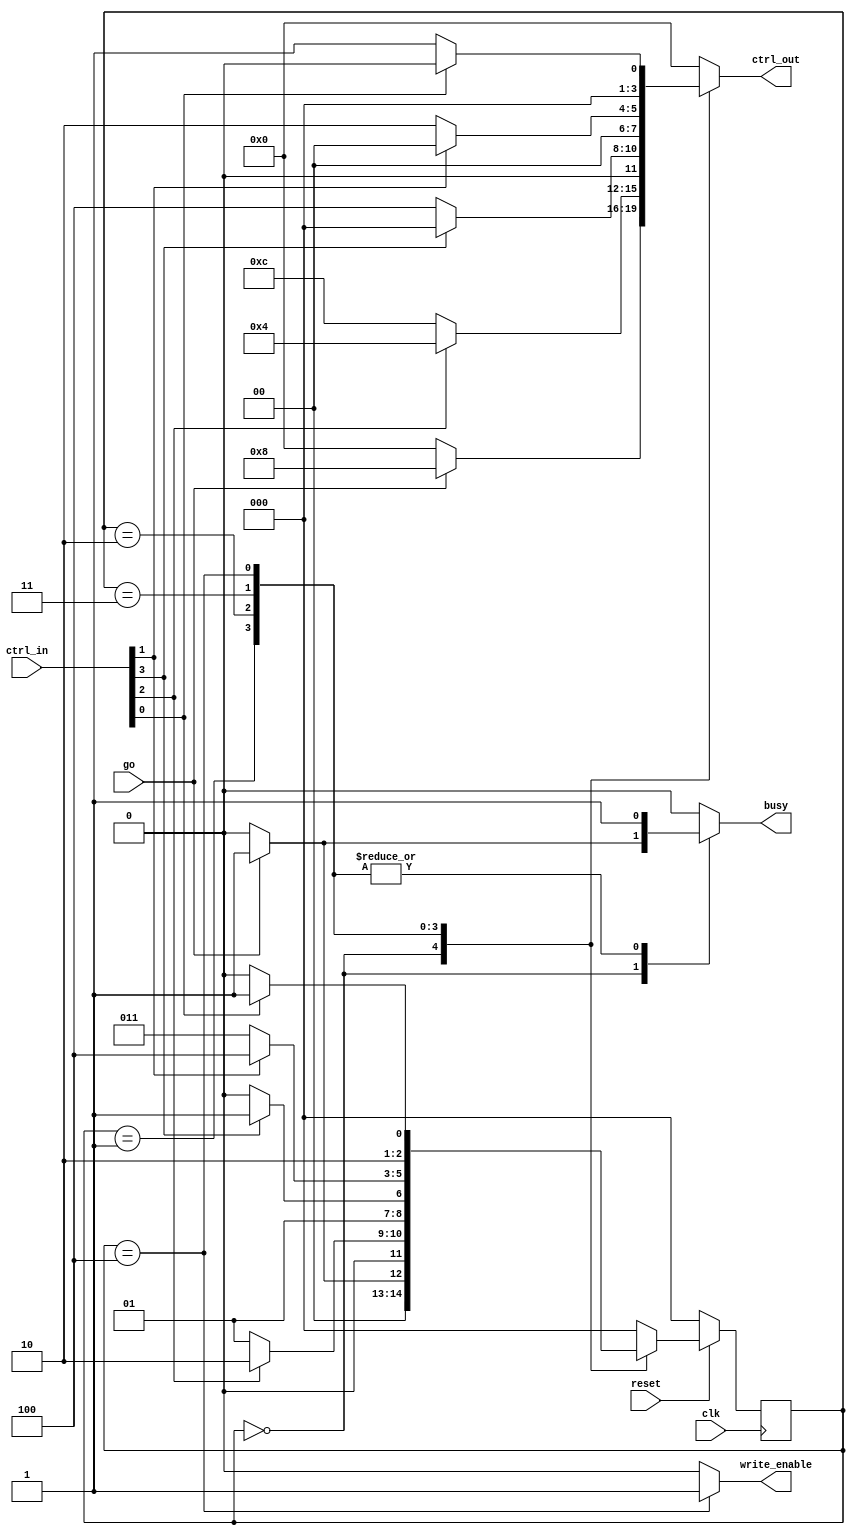

module controller( // signals from top module and SRAM 
					clk, reset, go, busy, write_enable, 
					// controller <-> datapath 
					ctrl_in, ctrl_out 
); 
input clk; 
input reset; 
input go; 
output reg busy; 
output reg write_enable; 

input [3:0] ctrl_in; // [3] = got_data, [2] = ready_to_receive, [1] = count_done, [0] = written_success
output reg [3:0] ctrl_out; //  [3] = get_address, [2] = get_data, [1] = count_ready, [0] = write_ready  

reg [2:0] current_state, next_state; 

parameter 
	s0 = 3'b000, //waiting for go to get high 
	s1 = 3'b001, // we are getting the data ready here, including xnor calculation 
	s2 = 3'b010, // counting the # of ones 
	s3 = 3'b011, // writing to output SRAM 
	s4 = 3'b100,
	s5 = 3'b101;
	
always @ (posedge clk)
	begin
	if(!reset) begin 
		current_state <= s0;
		end 
	else begin 
		current_state <= next_state;
		end 
	end 
always @ *
	begin 
	case (current_state)
	s0: begin 
		if(go) begin 
			write_enable <= 1'b0; 
			busy <= 1'b1; 
			ctrl_out <= 4'b1000; 
			next_state <= s1; 
		end 
		else begin 
			write_enable <= 1'b0;
			busy <= 1'b0;
			ctrl_out <= 4'b0000; 
			next_state <= s0; 
		end 
	end 
	s1: begin 
		if(ctrl_in[2]) begin
			write_enable <= 1'b0; 
			busy <= 1'b1; 
			ctrl_out <= 4'b0100; 
			next_state <= s2;
		end
		else begin
			write_enable <= 1'b0;
			busy <= 1'b1; 
			ctrl_out <= 4'b1100; 
			next_state <= s1; 
		end
	end 
	s2: begin 
		if(ctrl_in[3]) begin
			write_enable <= 1'b0;
			busy <= 1'b1;
			ctrl_out <= 4'b0000; 
			next_state <= s3;
		end 
		else begin 
			write_enable <= 1'b0; 
			busy <= 1'b1;
			ctrl_out <= 4'b0100; 
			next_state <= s2; 
		end
	end 
	s3: begin
 
		if( ctrl_in[1]) begin 
			write_enable <= 1'b0;
			busy <= 1'b1; 
			ctrl_out <= 4'b0000; 
			next_state <= s4; 
		end 
		else begin 
			write_enable <= 1'b0;
			busy <= 1'b1; 
			ctrl_out <= 4'b0010; 
			next_state <= s3; 
		end 
	end 
	s4: begin 
		if(ctrl_in[0]) begin 
			write_enable <= 1'b1; 
			busy <= 1'b1;
			ctrl_out <= 4'b0000; 
			next_state <= s5; 
		end 
		else begin 
			write_enable <= 1'b1; 
			busy <= 1'b1; 
			ctrl_out <= 4'b0001; 
			next_state <= s4; 
		end 
		end 
	s5: begin
			write_enable <= 1'b0; 
			busy <= 1'b0; 
			ctrl_out <= 4'b0000; 
			next_state <= s0; 
		end 
	default: begin 
			write_enable <= 1'b0; 
			busy <= 1'b0; 
			ctrl_out <= 4'b0000; 
			next_state <= s0;
		end
endcase 
end
endmodule